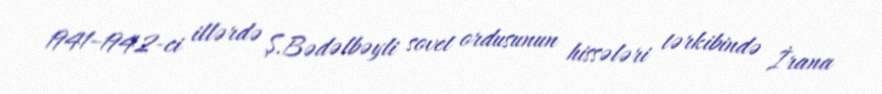
1941–1942-ci illərdə Ş.Bədəlbəyli sovet ordusunun hissələri tərkibində İrana